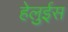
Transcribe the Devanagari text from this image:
हेलुईस